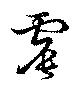
震